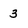
Character: 3